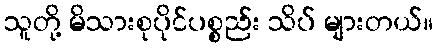
သူတို့ မိသားစုပိုင်ပစ္စည်း သိပ် များတယ်။